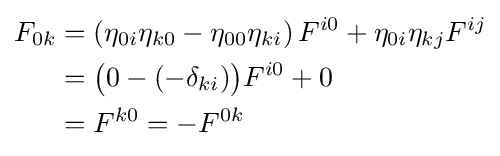
{\begin{aligned}F_{0k}&=\left(\eta _{0i}\eta _{k0}-\eta _{00}\eta _{ki}\right)F^{i0}+\eta _{0i}\eta _{kj}F^{ij}\\&={\bigl (}0-(-\delta _{ki}){\bigr )}F^{i0}+0\\&=F^{k0}=-F^{0k}\\\end{aligned}}